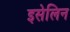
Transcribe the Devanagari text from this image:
इसेलिन